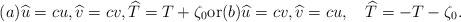
LaTeX: \begin{align*} (a) \widehat u = cu, \widehat v = cv , \widehat T = T + \zeta_0 \hbox{or} (b) \widehat u = cv, \widehat v = cu , \quad\widehat T = - T - \zeta_0 .\end{align*}